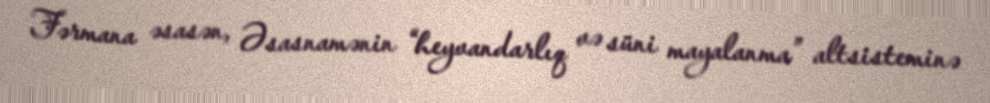
Fərmana əsasən, Əsasnamənin “heyvandarlıq və süni mayalanma” altsisteminə